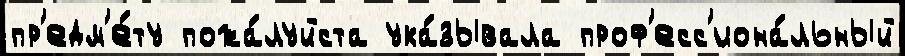
пр'едм'е́ту пожа́луйста ука́зывала проф'есс'иона́льный